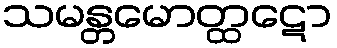
သမန္တမောတ္ထဋော